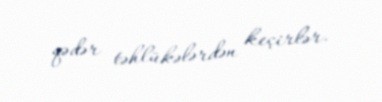
qədər təhlükələrdən keçirlər.